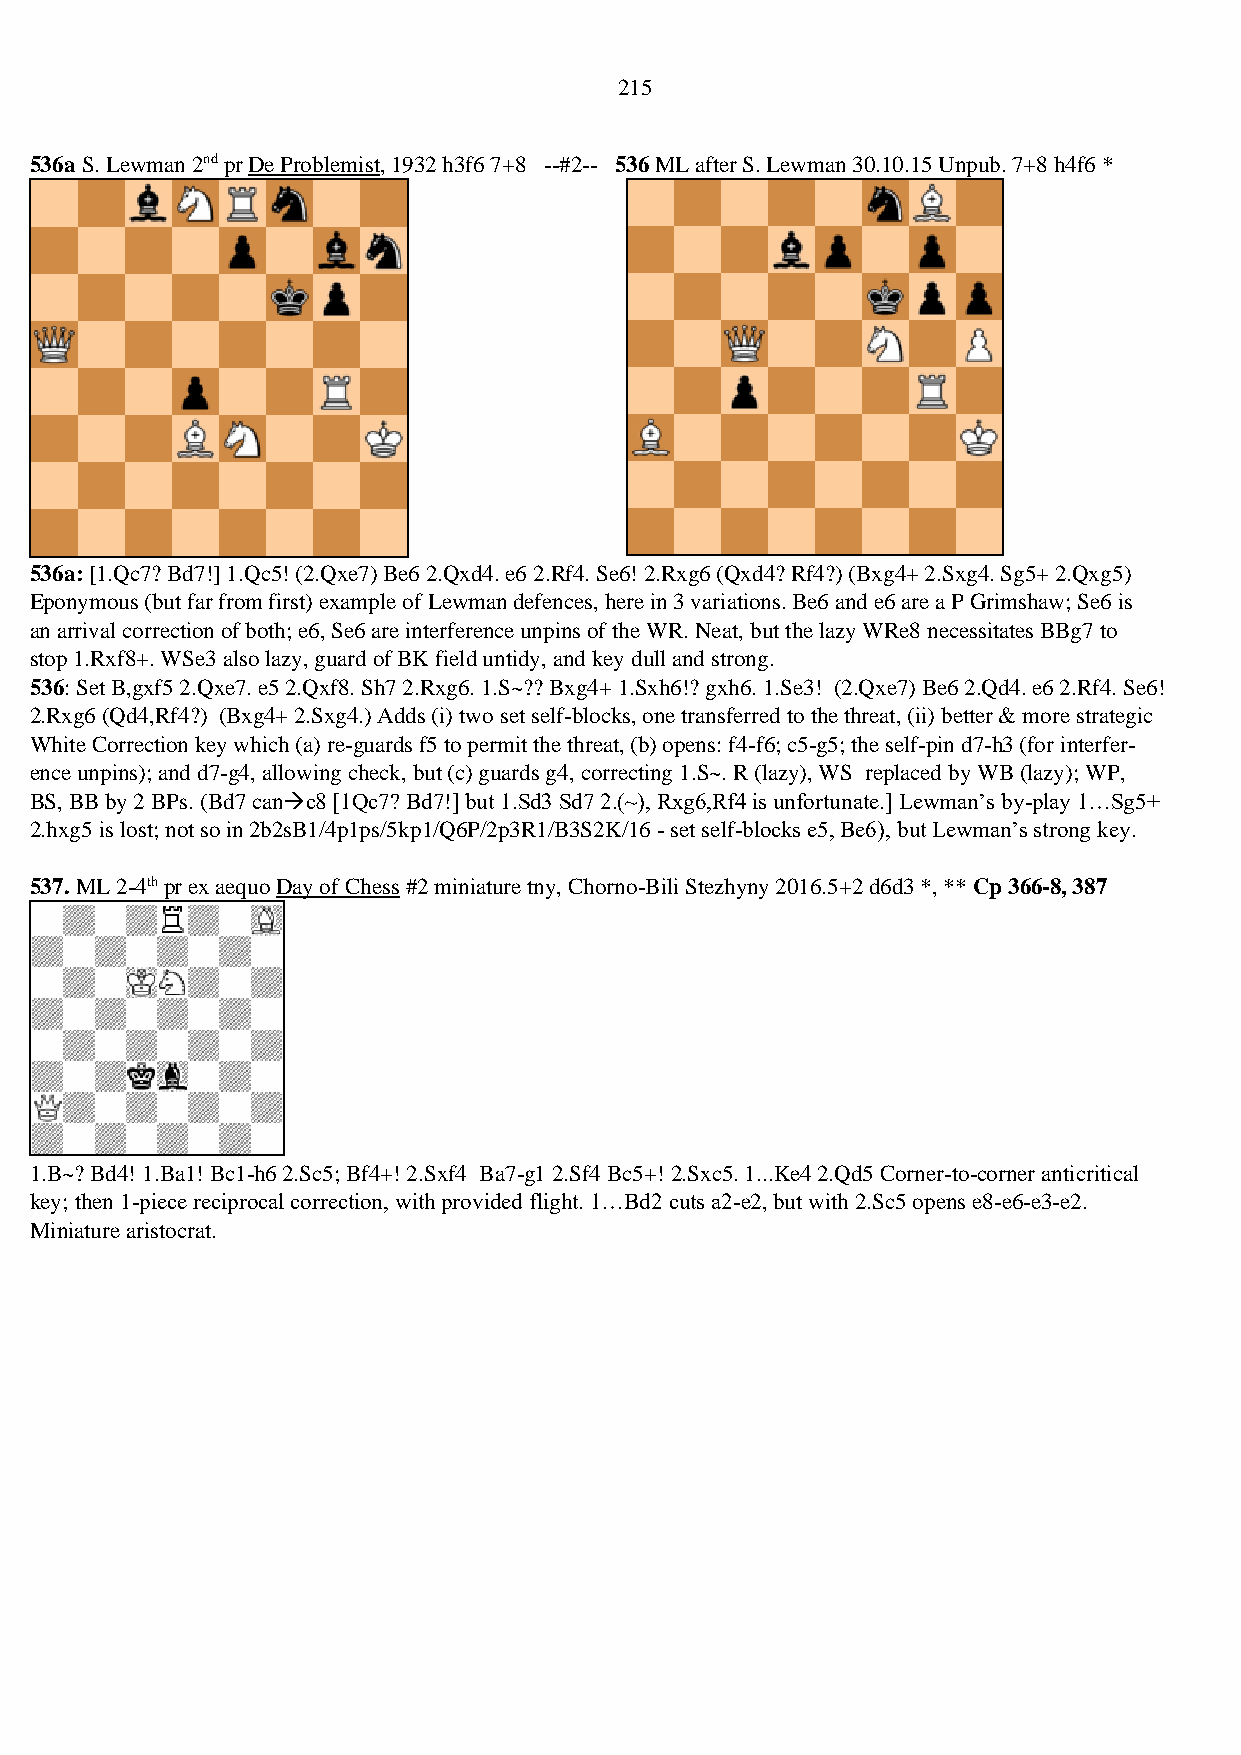
215
 536a S. Lewman 2nd pr De Problemist, 1932 h3f6 7+8 --#2-- 536 ML after S. Lewman 30.10.15 Unpub. 7+8 h4f6 *
 536a: [1.Qc7? Bd7!] 1.Qc5! (2.Qxe7) Be6 2.Qxd4. e6 2.Rf4. Se6! 2.Rxg6 (Qxd4? Rf4?) (Bxg4+ 2.Sxg4. Sg5+ 2.Qxg5)
 Eponymous (but far from first) example of Lewman defences, here in 3 variations. Be6 and e6 are a P Grimshaw; Se6 is
 an arrival correction of both; e6, Se6 are interference unpins of the WR. Neat, but the lazy WRe8 necessitates BBg7 to
 stop 1.Rxf8+. WSe3 also lazy, guard of BK field untidy, and key dull and strong.
 536: Set B,gxf5 2.Qxe7. e5 2.Qxf8. Sh7 2.Rxg6. 1.S~?? Bxg4+ 1.Sxh6!? gxh6. 1.Se3! (2.Qxe7) Be6 2.Qd4. e6 2.Rf4. Se6!
 2.Rxg6 (Qd4,Rf4?) (Bxg4+ 2.Sxg4.) Adds (i) two set self-blocks, one transferred to the threat, (ii) better & more strategic
 White Correction key which (a) re-guards f5 to permit the threat, (b) opens: f4-f6; c5-g5; the self-pin d7-h3 (for interfer-
 ence unpins); and d7-g4, allowing check, but (c) guards g4, correcting 1.S~. R (lazy), WS replaced by WB (lazy); WP,
 BS, BB by 2 BPs. (Bd7 can→c8 [1Qc7? Bd7!] but 1.Sd3 Sd7 2.(~), Rxg6,Rf4 is unfortunate.] Lewman’s by-play 1…Sg5+
 2.hxg5 is lost; not so in 2b2sB1/4p1ps/5kp1/Q6P/2p3R1/B3S2K/16 - set self-blocks e5, Be6), but Lewman’s strong key.
 537. ML 2-4th pr ex aequo Day of Chess #2 miniature tny, Chorno-Bili Stezhyny 2016.5+2 d6d3 *, ** Cp 366-8, 387
 1.B~? Bd4! 1.Ba1! Bc1-h6 2.Sc5; Bf4+! 2.Sxf4 Ba7-g1 2.Sf4 Bc5+! 2.Sxc5. 1...Ke4 2.Qd5 Corner-to-corner anticritical
 key; then 1-piece reciprocal correction, with provided flight. 1…Bd2 cuts a2-e2, but with 2.Sc5 opens e8-e6-e3-e2.
 Miniature aristocrat.